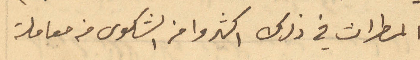
المطران في ذلك اكثروا من الشكوى من معاملة